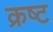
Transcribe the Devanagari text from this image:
क्रष्ट